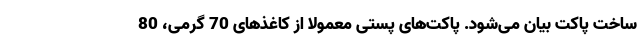
ساخت پاکت بیان می‌شود. پاکت‌های پستی معمولا از کاغذهای 70 گرمی، 80